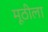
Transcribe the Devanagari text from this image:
मूठीला